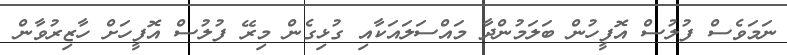
ނަމަވެސް ފުލުސް އޮފީހުން ބަލަމުންދާ މައްސަލައަކާއި ގުޅިގެން މިރޭ ފުލުސް އޮފީހަށް ހާޒިރުވާން